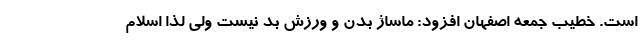
است. خطیب جمعه اصفهان افزود: ماساژ بدن و ورزش بد نیست ولی لذا اسلام